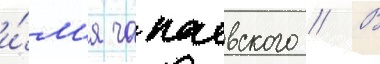
и́м'я чапаевского // В